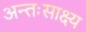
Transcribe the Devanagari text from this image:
अन्तःसाक्ष्य